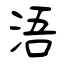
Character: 浯